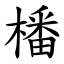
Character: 橎